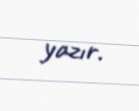
yazır.